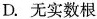
D.无实数根